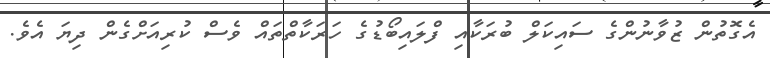
އެގޮތުން ޒުވާނުންގެ ސައިކަލް ބުރަކާއި ފްލައިބޯޑުގެ ހަރަކާތްތައް ވެސް ކުރިއަށްގެން ދިޔަ އެވެ.